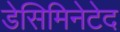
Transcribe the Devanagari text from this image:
डेसिमिनेटेद